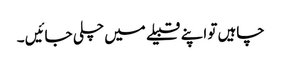
چاہیں تو اپنے قبیلے میں چلی جائیں ۔